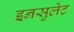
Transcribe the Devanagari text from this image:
इनसुलेट